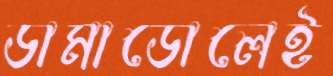
ডামাডোলেই